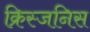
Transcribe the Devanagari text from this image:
क्रिस्जनिस